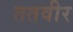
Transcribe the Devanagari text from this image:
ततवीर